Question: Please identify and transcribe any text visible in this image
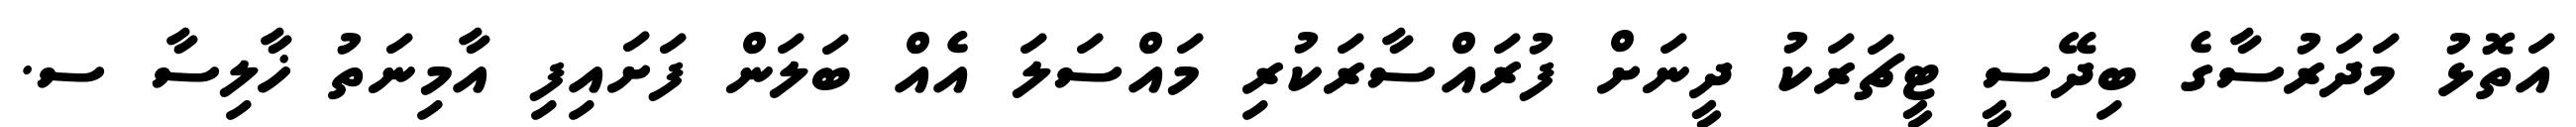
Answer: އަތޮޅު މަދަރުސާގެ ބިދޭސީ ޓީޗަރަކު ދީނަށް ފުރައްސާރަކުރި މައްސަލަ އެއް ބަލަން ފަށައިފި އާމިނަތު ޚާލިސާ ސ.